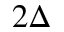
2 \Delta